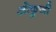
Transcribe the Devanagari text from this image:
ओफुजी